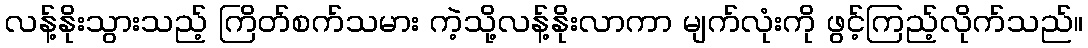
လန့်နိုးသွားသည့် ကြိတ်စက်သမား ကဲ့သို့လန့်နိုးလာကာ မျက်လုံးကို ဖွင့်ကြည့်လိုက်သည်။